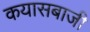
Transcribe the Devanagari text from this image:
कयासबाजी